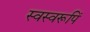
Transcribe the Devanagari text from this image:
स्वस्वरूपिं